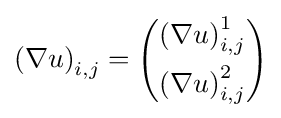
\left(\nabla u\right)_{i,j}=\left({\begin{aligned}\left(\nabla u\right)_{i,j}^{1}\\\left(\nabla u\right)_{i,j}^{2}\end{aligned}}\right)